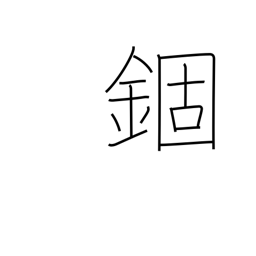
Meaning: confinement